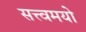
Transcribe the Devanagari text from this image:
सत्त्वमयो